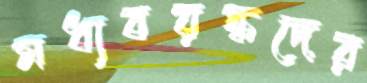
মধ্যবয়স্কদের